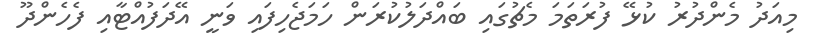
މިއަދު މެންދުރު ކުޅޭ ފުރަތަމަ މެޗުގައި ބައްދަލުކުރަން ހަމަޖެހިފައި ވަނީ އޭދަފުއްޓާއި ފެހެންދޫ